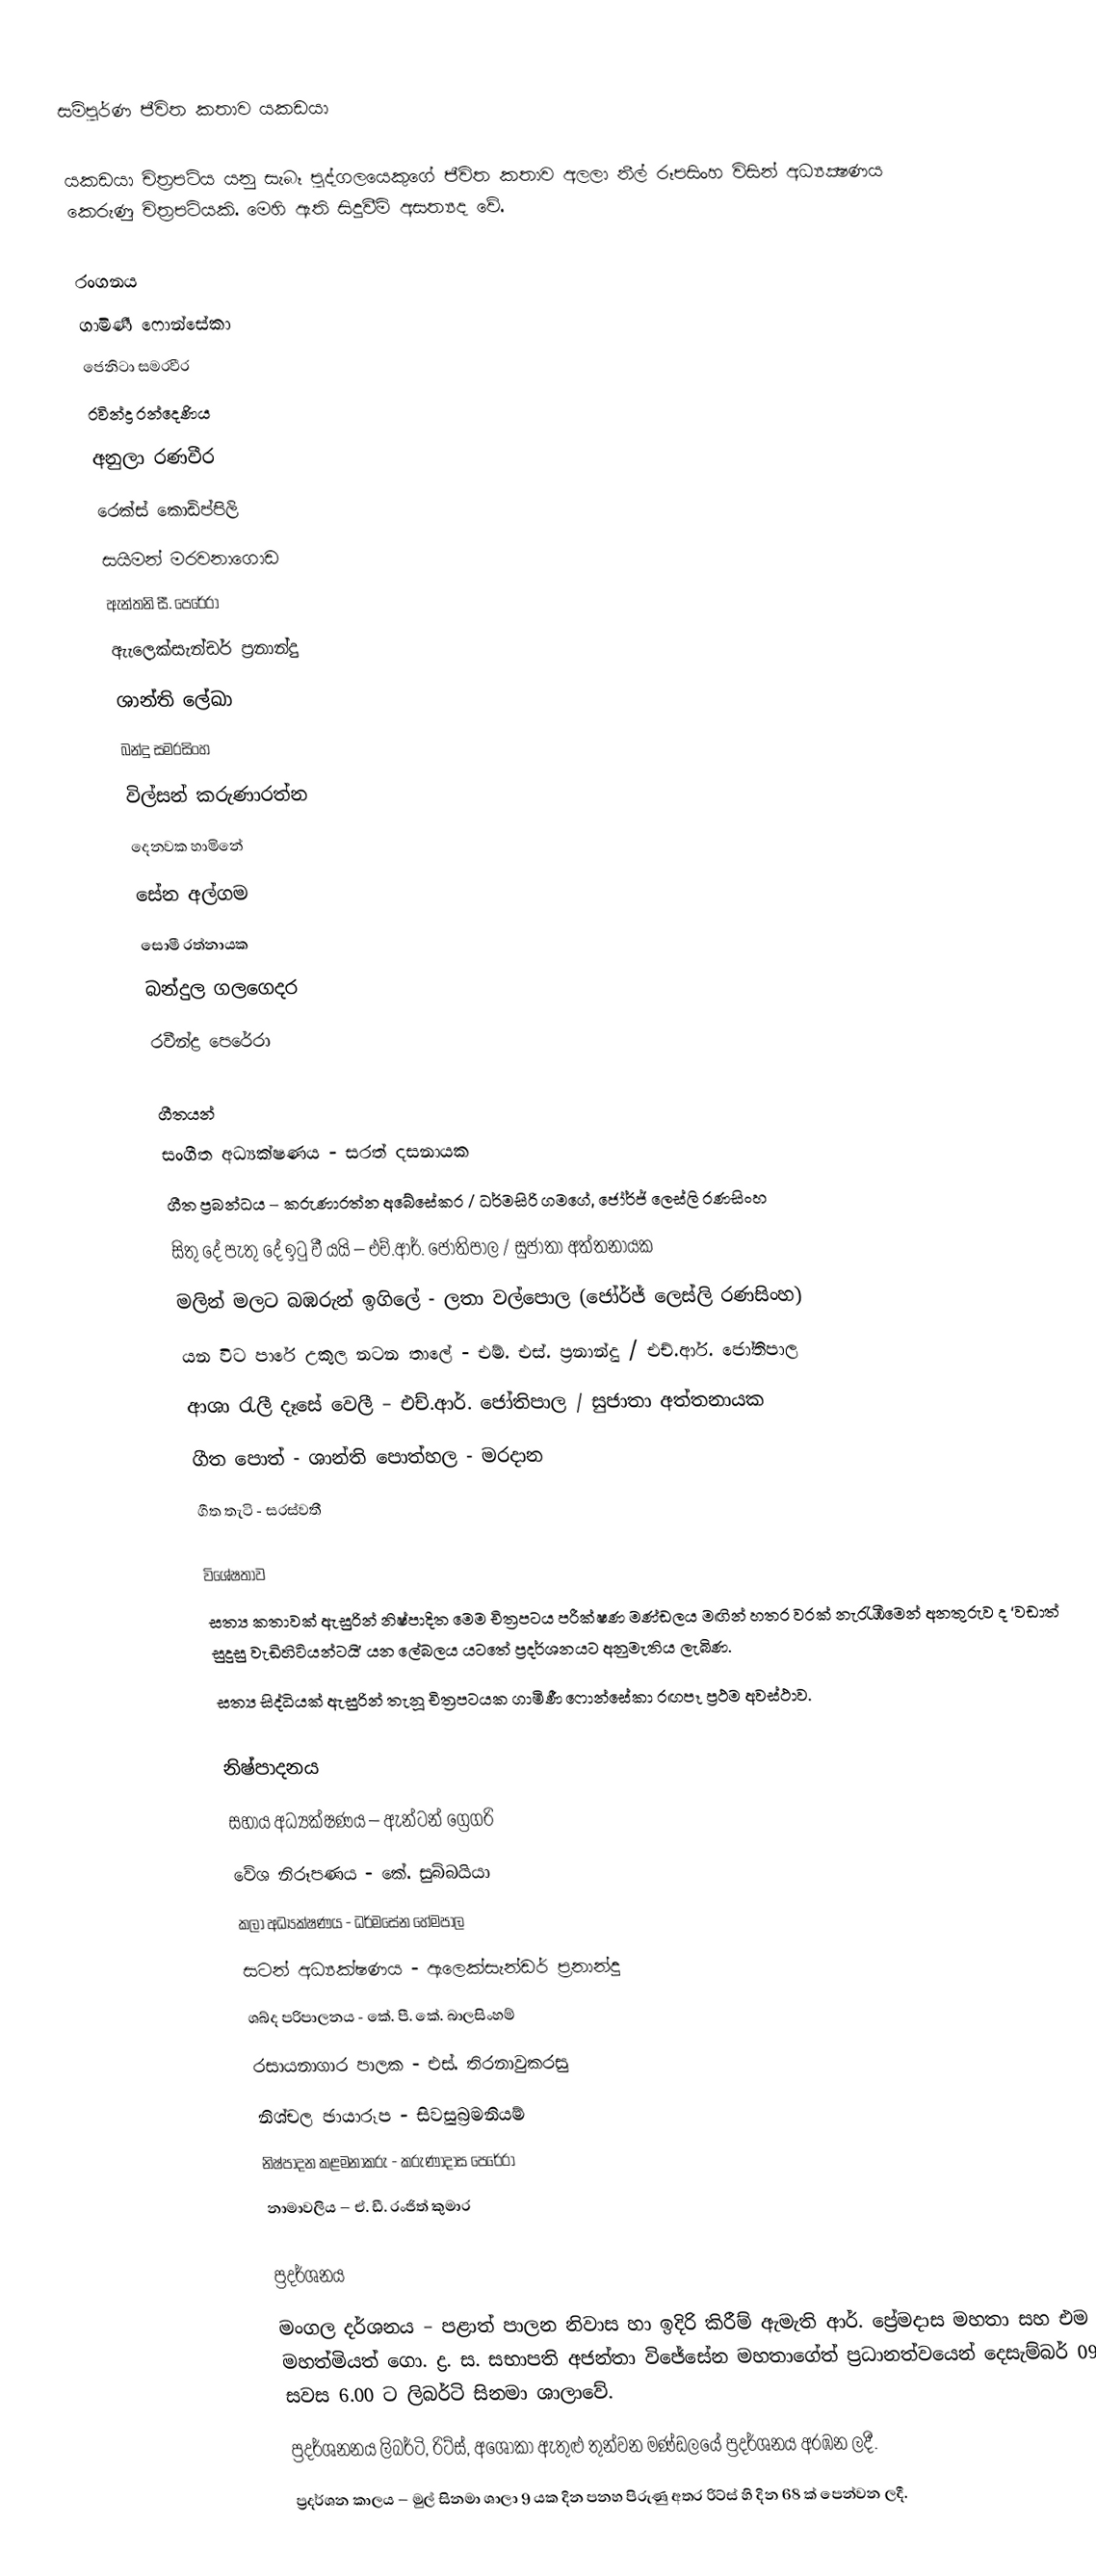
සම්පුර්ණ ජීවිත කතාව යකඩයා

යකඩයා චිත්‍රපටිය යනු සැබෑ පුද්ගලයෙකුගේ ජීවිත කතාව අලලා නීල් රූපසිංහ විසින් අධ්‍යක්‍ෂණය කෙරුණු චිත්‍රපටියකි. මෙහි ඇති සිදුවීම් අසත්‍යද වේ.

රංගනය
ගාමිණී ෆොන්සේකා
ජෙනිටා සමරවීර
රවින්ද්‍ර රන්දෙණිය
අනුලා රණවීර
රෙක්ස් කොඩිප්පිලි
සයිමන් මරවනාගොඩ
ඇන්තනි සී. පෙරේරා
ඇැලෙක්සැන්ඩර් ප්‍රනාන්දු
ශාන්ති ලේඛා
බන්දු සමරසිංහ
විල්සන් කරුණාරත්න
දෙනවක හාමිනේ
සේන අල්ගම
සොමී රත්නායක
බන්දුල ගලගෙදර
රවීන්ද්‍ර පෙරේරා

ගීතයන්
සංගීත අධ්‍යක්ෂණය - සරත් දසනායක
ගීත ප්‍රබන්ධය – කරුණාරත්න අබේසේකර / ධර්මසිරි ගමගේ, ජෝර්ජ් ලෙස්ලි රණසිංහ
සිතු දේ පැතු දේ ඉටු වී යයි – එච්.ආර්. ජෝතිපාල / සුජාතා අත්තනායක
මලින් මලට බඹරුන් ඉගිලේ - ලතා වල්පොල (ජෝර්ජ් ලෙස්ලි රණසිංහ)
යන විට පාරේ උකුල නටන තාලේ - එම්. එස්. ප්‍රනාන්දු / එච්.ආර්. ජෝතිපාල
ආශා රැලී දෑසේ වෙලී – එච්.ආර්. ජෝතිපාල / සුජාතා අත්තනායක
ගීත පොත් - ශාන්ති පොත්හල - මරදාන
ගීත තැටි - සරස්වතී

විශේෂතාව
සත්‍ය කතාවක් ඇසුරින් නිෂ්පාදිත මෙම චිත්‍රපටය පරීක්ෂණ මණ්ඩලය මඟින් හතර වරක් නැරැඹීමෙන් අනතුරුව ද ‘වඩාත් සුදුසු වැඩිහිටියන්ටයි’ යන ලේබලය යටතේ ප්‍රදර්ශනයට අනුමැතිය ලැබිණ.
 සත්‍ය සිද්ධියක් ඇසුරින් තැනූ චිත්‍රපටයක ගාමිණී ෆොන්සේකා රඟපෑ ප්‍රථම අවස්ථාව.

නිෂ්පාදනය
සහාය අධ්‍යක්ෂණය – ඇන්ටන් ග්‍රෙගරි
වේශ නිරූපණය - කේ. සුබ්බයියා
කලා අධ්‍යක්ෂණය - ධර්මසේන හේමපාල
සටන් අධ්‍යක්ෂණය - ඇලෙක්සැන්ඩර් ප්‍රනාන්දු
ශබ්ද පරිපාලනය - කේ. පී. කේ. බාලසිංහම්
රසායනාගාර පාලක - එස්. තිරනාවුකරසු
නිශ්චල ඡායාරූප - සිවසුබ‍්‍රමනියම්
නිෂ්පාදන කළමනාකරු - කරුණාදාස පෙරේරා
නාමාවලිය – ඒ. ඩී. රංජිත් කුමාර

ප්‍රදර්ශනය
මංගල දර්ශනය – පළාත් පාලන නිවාස හා ඉදිරි කිරීම් ඇමැති ආර්. ප්‍රේමදාස මහතා සහ එම මහත්මියත් ගො. ද්‍ර. ස. සභාපති අජන්තා විජේසේන මහතාගේත් ප්‍රධානත්වයෙන් දෙසැම්බර් 09 සවස 6.00 ට ලිබර්ටි සිනමා ශාලාවේ.
ප්‍රදර්ශනනය ලිබර්ටි, රිට්ස්, අශෝකා ඇතුළු තුන්වන මණ්ඩලයේ ප්‍රදර්ශනය අරඹන ලදී.
ප්‍රදර්ශන කාලය – මුල් සිනමා ශාලා 9 යක දින පනහ පිරුණු අතර රිට්ස් හි දින 68 ක් පෙන්වන ලදී.